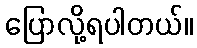
ပြောလို့ရပါတယ်။